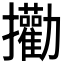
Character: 𪯄